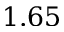
1 . 6 5